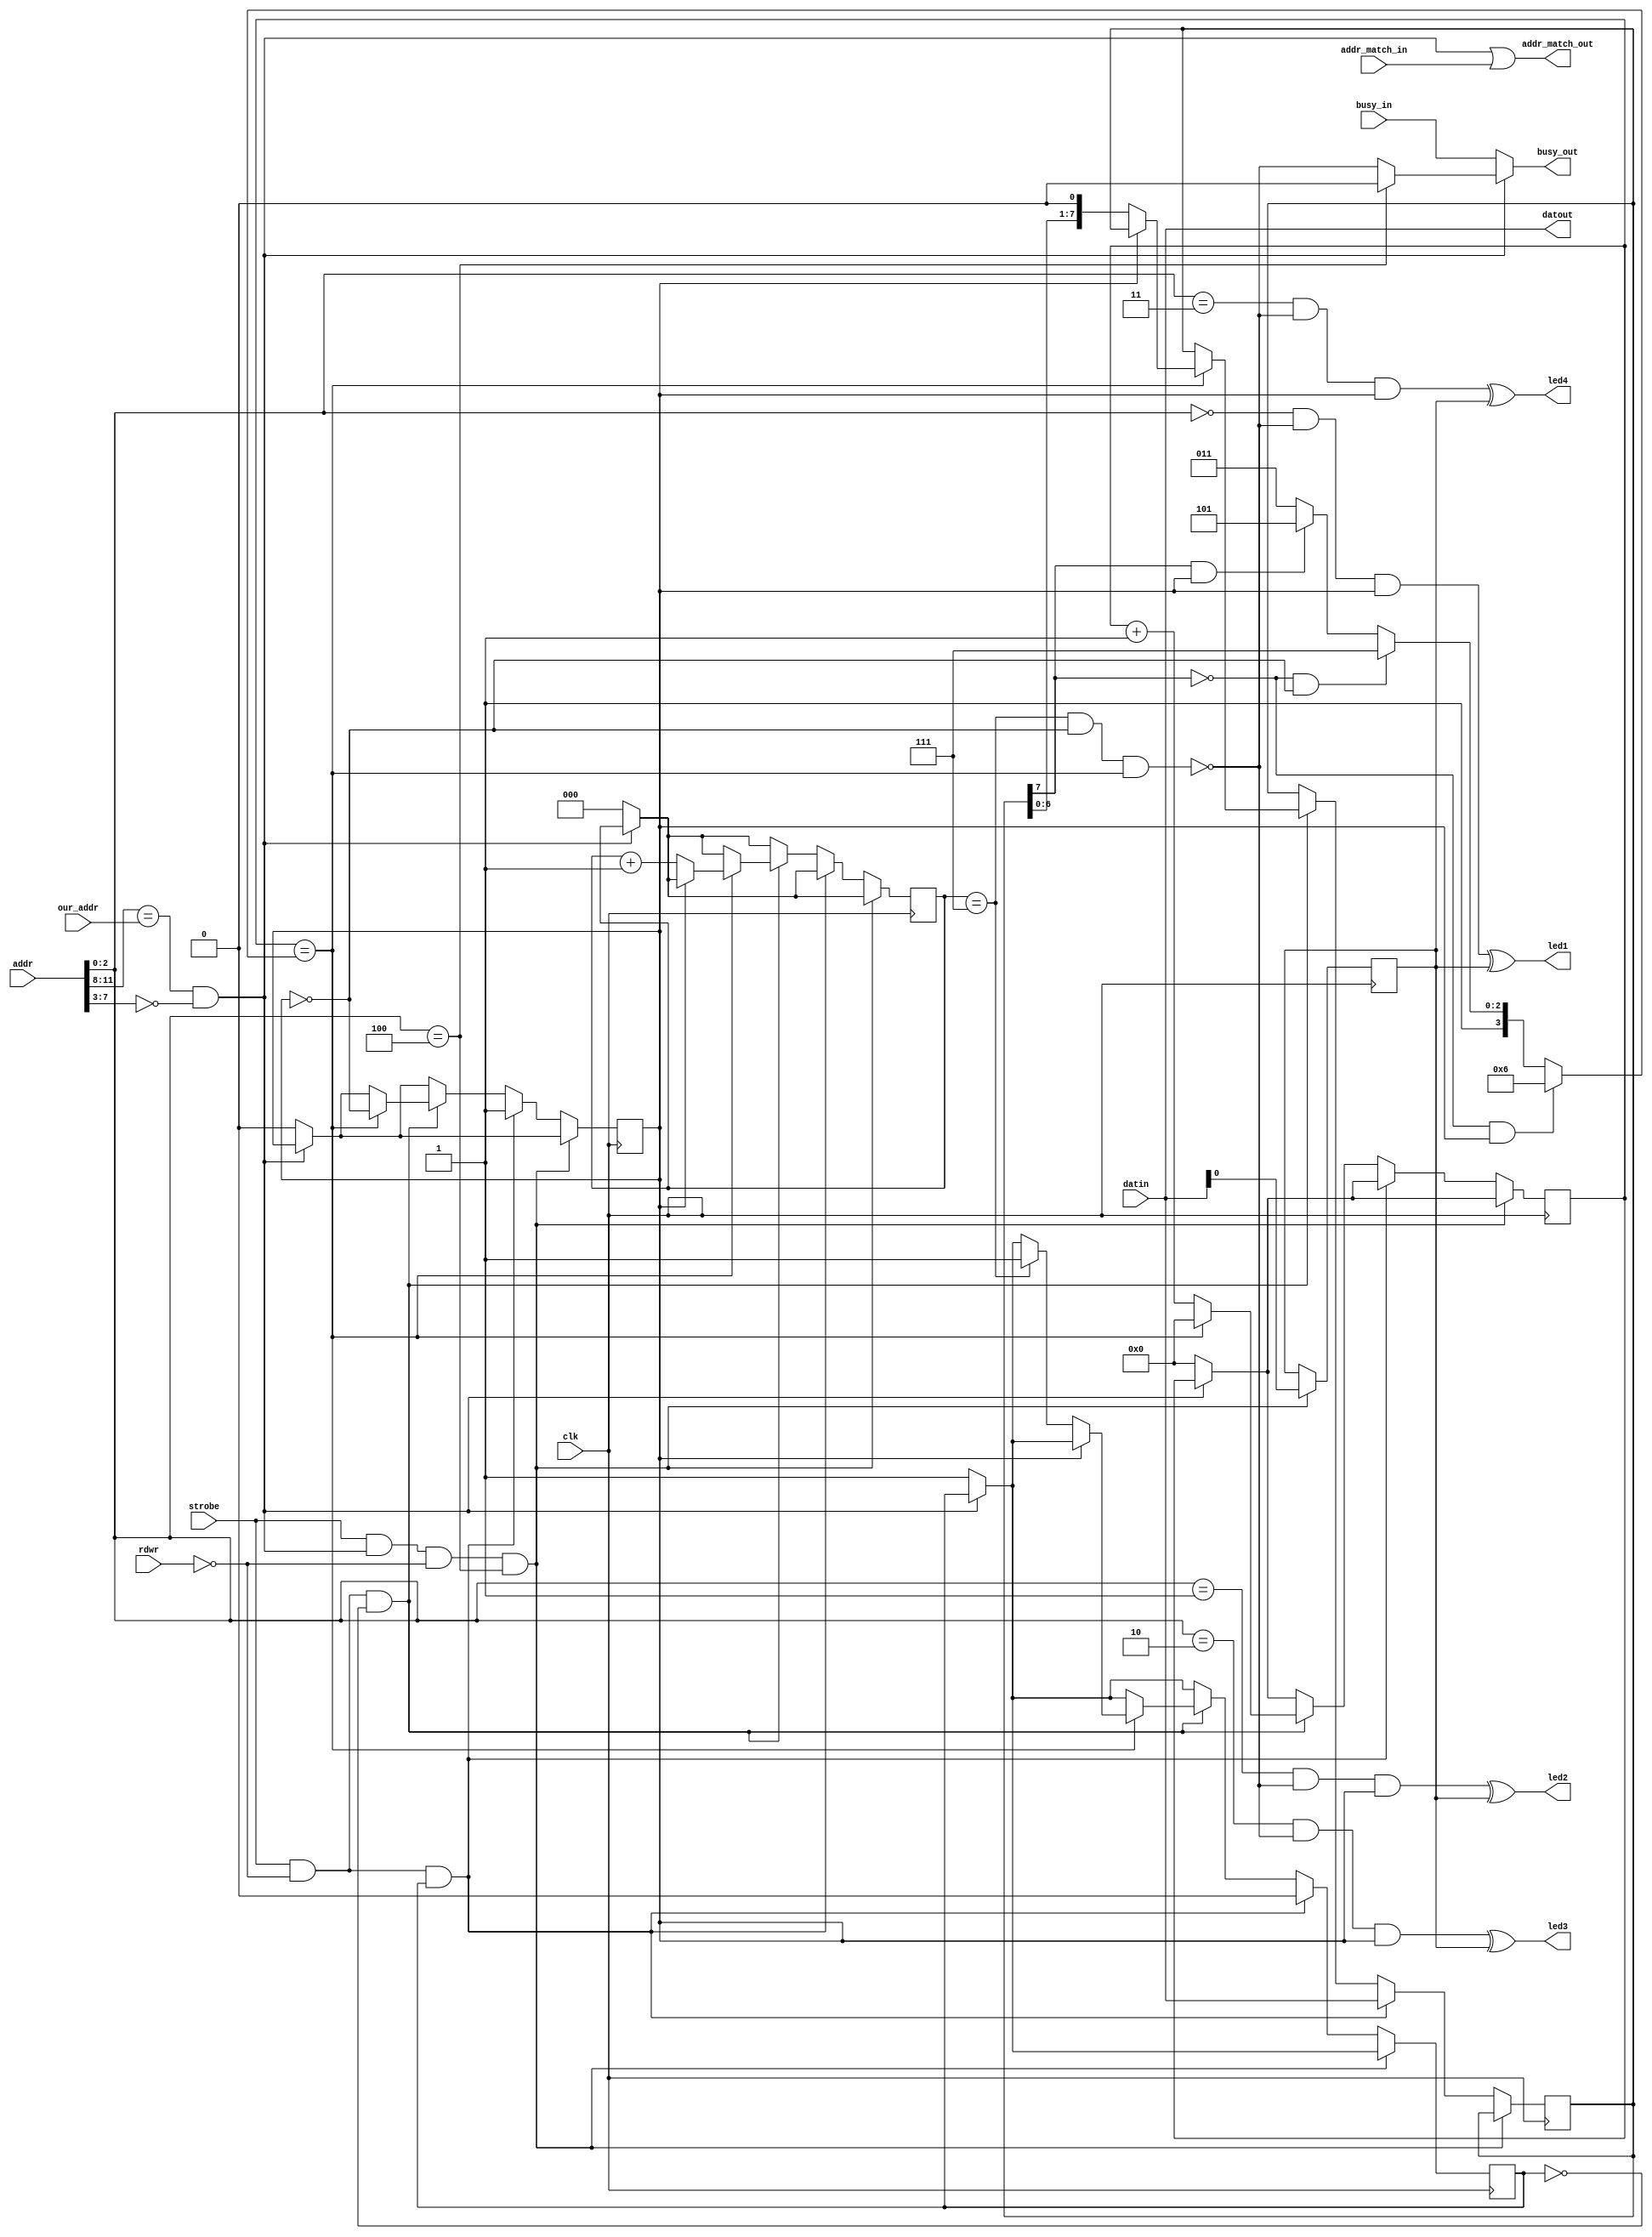
// *********************************************************
// Copyright (c) 2020 Demand Peripherals, Inc.
// 
// This file is licensed separately for private and commercial
// use.  See LICENSE.txt which should have accompanied this file
// for details.  If LICENSE.txt is not available please contact
// support@demandperipherals.com to receive a copy.
// 
// In general, you may use, modify, redistribute this code, and
// use any associated patent(s) as long as
// 1) the above copyright is included in all redistributions,
// 2) this notice is included in all source redistributions, and
// 3) this code or resulting binary is not sold as part of a
//    commercial product.  See LICENSE.txt for definitions.
// 
// DPI PROVIDES THE SOFTWARE "AS IS," WITHOUT WARRANTIES OR
// CONDITIONS OF ANY KIND, EITHER EXPRESS OR IMPLIED, INCLUDING
// WITHOUT LIMITATION ANY WARRANTIES OR CONDITIONS OF TITLE,
// NON-INFRINGEMENT, MERCHANTABILITY, OR FITNESS FOR A PARTICULAR
// PURPOSE.  YOU ARE SOLELY RESPONSIBLE FOR DETERMINING THE
// APPROPRIATENESS OF USING OR REDISTRIBUTING THE SOFTWARE (WHERE
// ALLOWED), AND ASSUME ANY RISKS ASSOCIATED WITH YOUR EXERCISE OF
// PERMISSIONS UNDER THIS AGREEMENT.
// 
// This software may be covered by US patent #10,324,889. Rights
// to use these patents is included in the license agreements.
// See LICENSE.txt for more information.
// *********************************************************

//////////////////////////////////////////////////////////////////////////
//
//
//  Accept up to 256 bytes from the host and shift each bit out
//  using the timing defined for the World Semi ws2812 RGB(W) LED.
//  A zero bit is high for 350 ns and low for 800.  A one bit is
//  high for 700 ns and low for 600.
//
//  Because of the large amount of data and the fairly high
//  output frequency the circuit uses the busy line to apply
//  back pressure to the bus interface.  A 256 byte packet
//  takes about 2.5 ms.  This can limit the USB bandwidth.
//
//  Use the 'no-increment' write command so send multiple bytes
//  of data to the same register.
//
//  Registers are
//    Addr=0    WS2812 data for output 0
//    Addr=1    WS2812 data for output 1
//    Addr=2    WS2812 data for output 2
//    Addr=3    WS2812 data for output 3
//    Addr=4    Config: LSB=invertoutput
//
/////////////////////////////////////////////////////////////////////////
module ws2812(clk,rdwr,strobe,our_addr,addr,busy_in,busy_out,addr_match_in,
              addr_match_out,datin,datout,led1,led2,led3,led4);
    input  clk;              // system clock
    input  rdwr;             // direction of this transfer. Read=1; Write=0
    input  strobe;           // true on full valid command
    input  [3:0] our_addr;   // high byte of our assigned address
    input  [11:0] addr;      // address of target peripheral
    input  busy_in;          // ==1 if a previous peripheral is busy
    output busy_out;         // ==our busy state if our address, pass through otherwise
    input  addr_match_in;    // ==1 if a previous peripheral claims the address
    output addr_match_out;   // ==1 if we claim the above address, pass through otherwise
    input  [7:0] datin ;     // Data INto the peripheral;
    output [7:0] datout ;    // Data OUTput from the peripheral, = datin if not us.
    output led1;             // The WS2812 din lines
    output led2;             //
    output led3;             //
    output led4;             //
 
    wire   myaddr;           // ==1 if a correct read/write on our address
    reg    [7:0] wsdata;     // ws2813 byte to send
    reg    firstwrite;       // set if this is the first clock of a ws2812 write
                             // firstwrite is needed since an xfer spans many sysclks.
    reg    [2:0] bitcnt;     // counter for which bit we are sending
    reg    [3:0] pulsecnt;   // the number of sysclk to hold the output high or low
    reg    outstate;         // whether we are in the high or low part of an output pulse
    reg    invertoutput;     // invert output to pins fi set
    wire   [3:0] targetwidth;  // one of 7,15,12,or 14 depending bit to send and outstate
    wire   inxfer;           // doing a transfer

    `define ADDRCONFIG (4)
    assign targetwidth = (~wsdata[7] & outstate) ?  4'h6 : // 350 ns (6) for high part of a zero bit
                         (~wsdata[7] & ~outstate) ? 4'hf : // 800 ns (14) for low part of a zero bit
                         (wsdata[7] & outstate) ?   4'hd : // 700 ns (14) for high part of a one bit
                                                    4'hb;  // 600 ns (6) for low part of a one bit

    initial
    begin
        firstwrite = 1;
        invertoutput = 0;
    end

    always @(posedge clk)
    begin
        if (~myaddr)       // if not us ...
        begin
            firstwrite <= 1;          // reset firstwrite
            bitcnt <= 0;
            outstate <= 0;
            pulsecnt <= 0;
        end
        // Handle write requests from the host
        if (strobe & myaddr & ~rdwr & (addr[2:0] == `ADDRCONFIG))  // invertoutput == Addr4
            invertoutput <= datin[0]; 
        else if (strobe & ~rdwr & firstwrite)  // latch on first sysclk of write
        begin
            wsdata <= datin[7:0];
            firstwrite <= 0;          // set flag to run state machine
            outstate <= 1;
        end
        else if (strobe & ~rdwr & ~firstwrite)  // write but not first sysclk
        begin
            // At this point we are holding the busy line high while we shift out
            // the bits in wsdata.  The shift counter is bitcnt, the pulse width
            // counter is pulsecnt, and whether we are in the high or low part of
            // output pulse is set by outstate.

            // The wire targetwidth has the desired high/low count for pulsecnt.
            if (pulsecnt == targetwidth)
            begin
                outstate <= ~outstate;
                pulsecnt <= 0;
                if (~outstate)
                begin
                    // Shift out the next bit and reset the pulse width counter
                    // if we are at the end of the pulse low part of the output.  
                    // Shift up since data is sent MSB first.
                    wsdata <= (wsdata << 1);
                    bitcnt <= bitcnt + 3'h1;
                    if (bitcnt == 7)
                    begin
                        firstwrite <= 1;
                    end
                end
            end
            else
            begin
                // continue waiting for end of pulsecnt
                pulsecnt <= pulsecnt + 4'h1;
            end
        end
    end

    // Assign the outputs.
    // in transfer if not last bit, low output, and final pulsewidth count
    assign inxfer = ~((bitcnt == 7) & (outstate == 0) & (pulsecnt == targetwidth));
    // led data valid if in an transfer.  invert output if set
    assign led1 = ((addr[2:0] == 0) & inxfer & outstate) ^ invertoutput;
    assign led2 = ((addr[2:0] == 1) & inxfer & outstate) ^ invertoutput;
    assign led3 = ((addr[2:0] == 2) & inxfer & outstate) ^ invertoutput;
    assign led4 = ((addr[2:0] == 3) & inxfer & outstate) ^ invertoutput;

    // Alternate pin assignments that put all LED data on pin1, (You can
    // connect and LED to pin1 if you want.)  Pin2 is a clock strobe that
    // if connected to a D flip-flop can latch the LED data.  This can be
    // really useful if the LEDs are some distance from the FPGA and there
    // might be ringing on the lines.  The D flip-flop is close to the LEDs.
    //assign led1 = inxfer & outstate;              // goes to the 7474 D input
    //assign led2 = ((pulsecnt == 2) & ~firstwrite);   // goes to the clk input
    //assign led3 = addr[0] & inxfer & ~firstwrite;    // 74138 mux input A
    //assign led4 = addr[1] & inxfer & ~firstwrite;    // 74138 mux input B


    // Delay while we output the ws2812 data.
    // Busy_out is busy_in if not us.  Config writes take one clock cycle
    // so we don't assert busy_out for them.  We assert busy_out while we
    // are sending data to the LEDs.
    assign busy_out = (~myaddr) ? busy_in : 
                      (addr[2:0] == `ADDRCONFIG) ? 0 : inxfer ;

    assign myaddr = (addr[11:8] == our_addr) && (addr[7:3] == 0);

    // Loop in-to-out where appropriate
    assign addr_match_out = myaddr | addr_match_in;
    assign datout = datin;                       // we are a write-only peripheral

endmodule